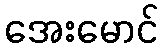
အေးမောင်